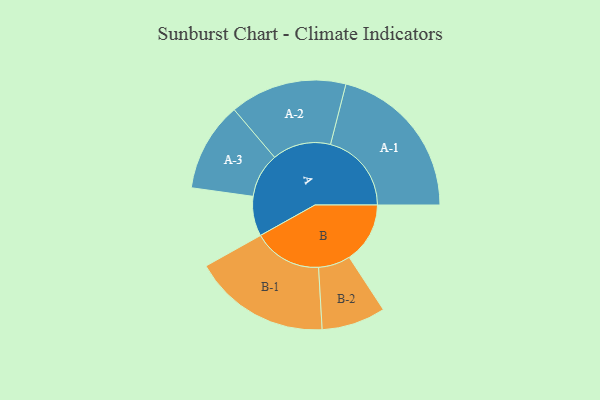
{"axis": {"x": "Segment", "y": "Value"}, "legend": ["", "A", "B"], "data": [{"x": "A", "y": 138, "type": ""}, {"x": "B", "y": 211, "type": ""}, {"x": "A-1", "y": 281, "type": "A"}, {"x": "A-2", "y": 203, "type": "A"}, {"x": "A-3", "y": 155, "type": "A"}, {"x": "B-1", "y": 238, "type": "B"}, {"x": "B-2", "y": 111, "type": "B"}]}